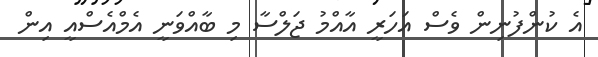
އެ ކުންފުނިން ވެސް އަހަރީ އާއްމު ޖަލްސާ މި ބާއްވަނީ އެމްއެސްއީ އިން